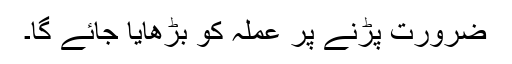
ضرورت پڑنے پر عملہ کو بڑھایا جائے گا۔